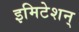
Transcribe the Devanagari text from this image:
इमिटेशन्